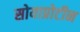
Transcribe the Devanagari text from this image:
सोयाप्रोटीन